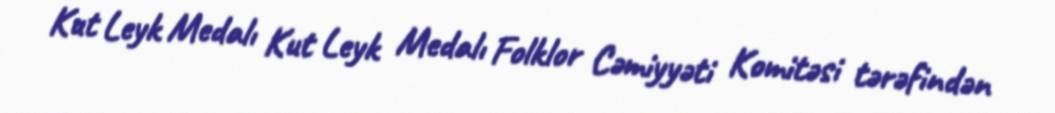
Kut Leyk Medalı Kut Leyk Medalı Folklor Cəmiyyəti Komitəsi tərəfindən